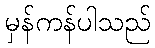
မှန်ကန်ပါသည်